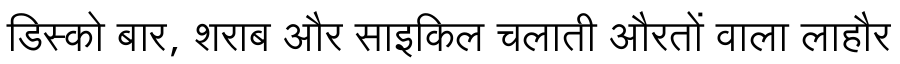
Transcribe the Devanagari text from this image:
डिस्को बार, शराब और साइकिल चलाती औरतों वाला लाहौर